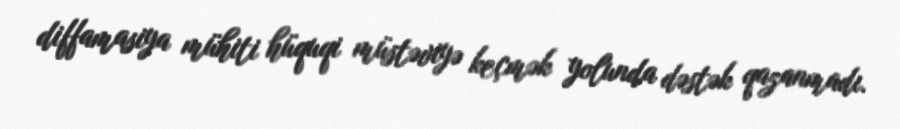
diffamasiya mühiti hüquqi müstəviyə keçmək yolunda dəstək qazanmadı.